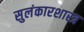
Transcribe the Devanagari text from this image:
सुलंकारशास्त्र